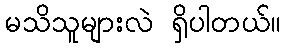
မသိသူများလဲ ရှိပါတယ်။